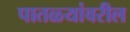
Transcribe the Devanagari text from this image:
पातळ्यांवरील